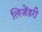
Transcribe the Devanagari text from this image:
लिजेंडरी